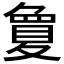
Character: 𡕷